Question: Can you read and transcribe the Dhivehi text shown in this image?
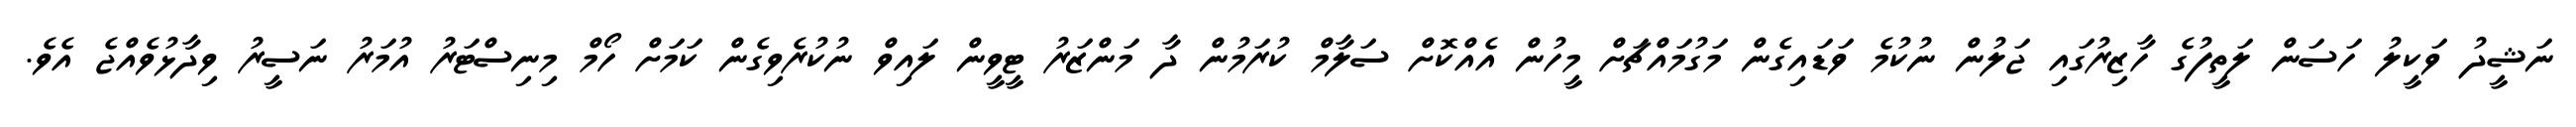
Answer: ނަޝީދު ވަކީލު ހަސަން ލަތީފުގެ ހާޒިރުގައި ޖަލުން ނުކުމެ ވަޑައިގެން މަގުމައްޗަށް މީހުން އެއްކޮށް ސަލާމް ކުރަމުން ދާ މަންޒަރު ޓީވީން ލައިވް ނުކުރެވިގެން ކަމަށް ހޯމް މިނިސްޓަރު އުމަރު ނަސީރު ވިދާޅުވެއްޖެ އެވެ.